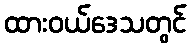
ထားဝယ်ဒေသတွင်